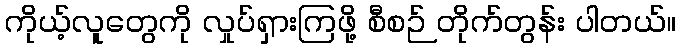
ကိုယ့်လူတွေကို လှုပ်ရှားကြဖို့ စီစဉ် တိုက်တွန်း ပါတယ်။